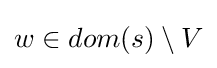
w\in dom(s)\setminus V